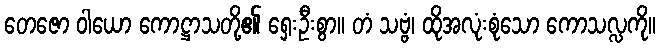
တေဇော ဝါယော ကောဋ္ဌာသတို့၏ ရှေးဦးစွာ။ တံ သဗ္ဗံ၊ ထိုအလုံးစုံသော ကောသလ္လကို။